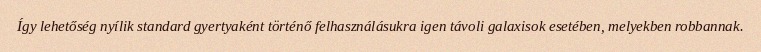
Így lehetőség nyílik standard gyertyaként történő felhasználásukra igen távoli galaxisok esetében, melyekben robbannak.